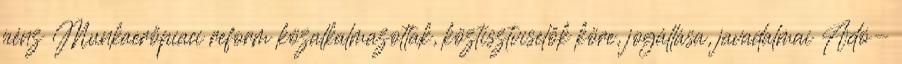
pénz Munkaerőpiaci reform közalkalmazottak, köztisztviselők köre, jogállása, javadalmai Adó-